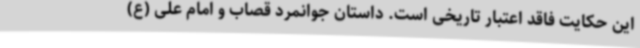
این حکایت فاقد اعتبار تاریخی است. داستان جوانمرد قصاب و امام علی (ع)